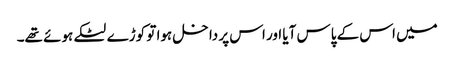
میں اس کے پاس آیا اور اس پر داخل ہوا تو کوڑے لٹکے ہوئے تھے۔